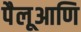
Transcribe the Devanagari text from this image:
पैलूआणि